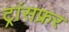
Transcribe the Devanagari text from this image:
ट्रांसफ्रर